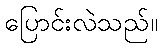
ပြောင်းလဲသည်။